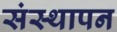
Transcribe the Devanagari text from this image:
संस्‍थापन